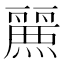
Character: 𮭷